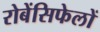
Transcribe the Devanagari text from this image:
रोबेंसिफेलों